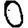
Digit: 0